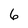
Character: 6